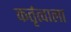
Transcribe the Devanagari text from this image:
कर्तृत्वाला